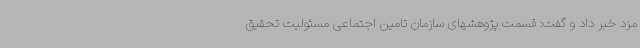
مزد خبر داد و گفت: قسمت پژوهشهای سازمان تامین اجتماعی مسئولیت تحقیق